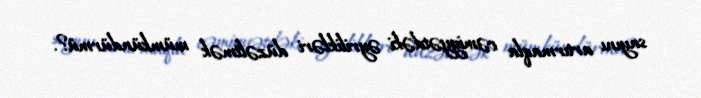
sayını artırmaqla cəmiyyətdəki əyrilikləri düzəltmək mümkündürmü?.